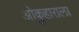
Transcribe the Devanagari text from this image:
ओकुहाराला